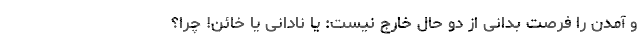
و آمدن را فرصت بدانی از دو حال خارج نیست: یا نادانی یا خائن! چرا؟